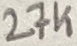
Text: 27K